Report of the Indian Hemp Drugs Commission, 1894-1895 - Volume IV
Year: 1894
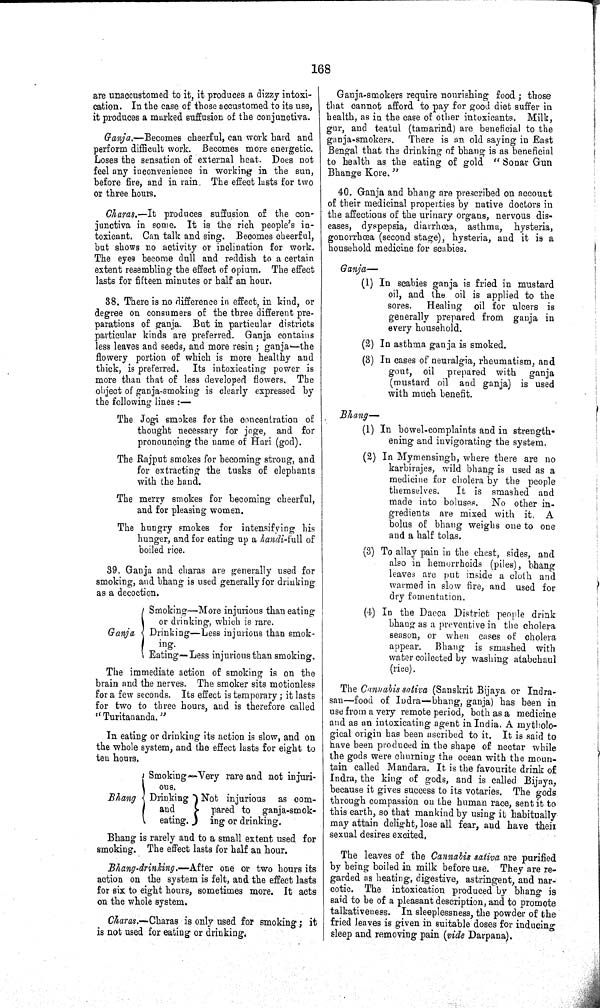
168
are unaccustomed to it, it produces a dizzy intoxi¬
cation. In the case of those accustomed to its use,
it produces a marked suffusion of the conjunctiva.
Ganja.—Becomes cheerful, can work hard and
perform difficult work. Becomes more energetic.
Loses the sensation of external heat. Does not
feel any inconvenience in working in the sun,
before fire, and in rain. The effect lasts for two
or three hours.
Charas.—It produces suffusion of the con¬
junctiva in some. It is the rich people's in¬
toxicant. Can talk and sing. Becomes cheerful,
but shows no activity or inclination for work.
The eyes become dull and reddish to a certain
extent resembling the effect of opium. The effect
lasts for fifteen minutes or half an hour.
38. There is no difference in effect, in kind, or
degree on consumers of the three different pre¬
parations of ganja. But in particular districts
particular kinds are preferred. Ganja contains
less leaves and seeds, and more resin; ganja—the
flowery portion of which is more healthy and
thick, is preferred. Its intoxicating power is
more than that of less developed flowers. The
object of ganja-smoking is clearly expressed by
the following lines:—
The Jogi smokes for the concentration of
thought necessary for joge, and for
pronouncing the name of Hari (god).
The Rajput smokes for becoming strong, and
for extracting the tusks of elephants
with the hand.
The merry smokes for becoming cheerful,
and for pleasing women.
The hungry smokes for intensifying his
hunger, and for eating up a handi-full of
boiled rice.
39. Ganja and charas are generally used for
smoking, and bhang is used generally for drinking
as a decoction.
Smoking—More injurious than eating
or drinking, which is rare.
Ganja Drinking—Less injurious than smok¬
ing.
Eating—Less injurious than smoking.
The immediate action of smoking is on the
brain and the nerves. The smoker sits motionless
for a few seconds. Its effect is temporary; it lasts
for two to three hours, and is therefore called
"Turitananda."
In eating or drinking its action is slow, and on
the whole system, and the effect lasts for eight to
ten hours.
Bhang
Smoking—Very rare and not injuri-
ous.
Drinking
and
eating.
Not injurious as com-
pared to ganja-smok-
ing or drinking.
Bhang is rarely and to a small extent used for
smoking. The effect lasts for half an hour.
Bhang-drinking.—After one or two hours its
action on the system is felt, and the effect lasts
for six to eight hours, sometimes more. It acts
on the whole system.
Charas.—Charas is only used for smoking; it
is not used for eating or drinking.
Ganja-smokers require nourishing food; those
that cannot afford to pay for good diet suffer in
health, as in the case of other intoxicants. Milk,
gur, and teatul (tamarind) are beneficial to the
ganja-smokers. There is an old saying in East
Bengal that the drinking of bhang is as beneficial
to health as the eating of gold "Sonar Gun
Bhange Kore."
40. Ganja and bhang are prescribed on account
of their medicinal properties by native doctors in
the affections of the urinary organs, nervous dis¬
eases, dyspepsia, diarrhœa, asthma, hysteria,
gonorrhœa (second stage), hysteria, and it is a
household medicine for scabies.
Ganja—
(1) In scabies ganja is fried in mustard
oil, and the oil is applied to the
sores. Healing oil for ulcers is
generally prepared from ganja in
every household.
(2) In asthma ganja is smoked.
(3) In cases of neuralgia, rheumatism, and
gout, oil prepared with ganja
(mustard oil and ganja) is used
with much benefit.
Bhang—
(1) In bowel-complaints and in strength¬
ening and invigorating the system.
(2) In Mymensingh, where there are no
karbirajes, wild bhang is used as a
medicine for cholera by the people
themselves.
It is smashed and
made into boluses. No other in¬
gredients are mixed with it. A
bolus of bhang weighs one to one
and a half tolas.
(3) To allay pain in the chest, sides, and
also in hemorrhoids (piles), bhang
leaves are put inside a cloth and
warmed in slow fire, and used for
dry fomentation.
(4) In the Dacca District people drink
bhang as a preventive in the cholera
season, or when cases of cholera
appear. Bhang is smashed with
water collected by washing atabchaul
(rice).
The Canuabis saliva (Sanskrit Bijaya or Indra-
san—food of Indra—bhang, ganja) has been in
use from a very remote period, both as a medicine
and as an intoxicating agent in India. A mytholo¬
gical origin has been ascribed to it. It is said to
have been produced in the shape of nectar while
the gods were churning the ocean with the moun¬
tain called Mandara. It is the favourite drink of
Indra, the king of gods, and is called Bijaya,
because it gives success to its votaries. The gods
through compassion on the human race, sent it to
this earth, so that mankind by using it habitually
may attain delight, lose all fear, and have their
sexual desires excited,
The leaves of the Cannabis sativa are purified
by being boiled in milk before use. They are re¬
garded as heating, digestive, astringent, and nar¬
cotic. The intoxication produced by bhang is
said to be of a pleasant description, and to promote
talkativeness. In sleeplessness, the powder of the
fried leaves is given in suitable doses for inducing
sleep and removing pain (vide Darpana).